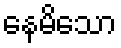
နေမိသော